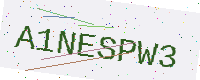
Text: A1NESPW3